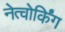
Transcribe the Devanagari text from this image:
नेत्वोर्किंग